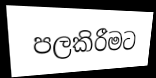
පලකිරීමට